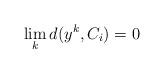
LaTeX: \begin{align*}\lim_{k}d(y^{k},C_{i})=0 \end{align*}